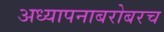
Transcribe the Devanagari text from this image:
अध्यापनाबरोबरच